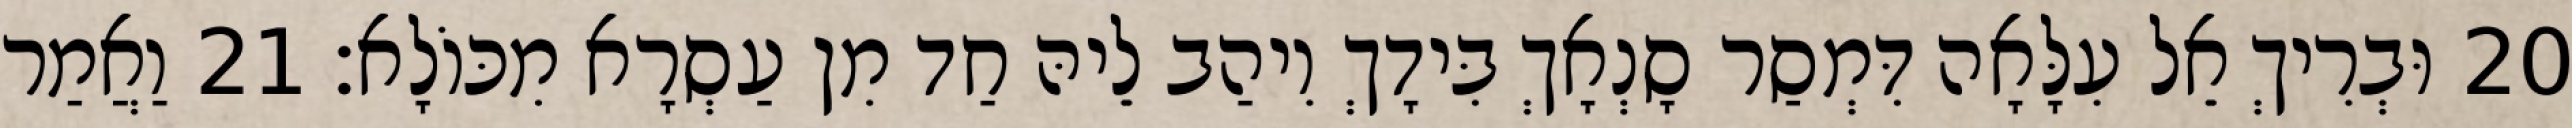
20 וּבְרִיךְ אֵל עִלָּאָה דִּמְסַר סָנְאָךְ בִּידָךְ וִיהַב לֵיהּ חַד מִן עַסְרָא מִכּוֹלָא׃ 21 וַאֲמַר